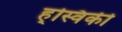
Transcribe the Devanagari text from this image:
ह्स्विकी